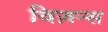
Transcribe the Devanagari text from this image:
विज़न्स